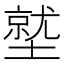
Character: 𱘁